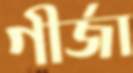
গীর্জা